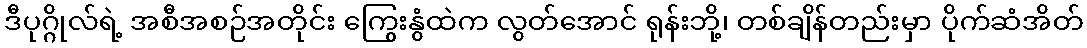
ဒီပုဂ္ဂိုလ်ရဲ့ အစီအစဉ်အတိုင်း ကြွေးနွံထဲက လွတ်အောင် ရုန်းဘို့၊ တစ်ချိန်တည်းမှာ ပိုက်ဆံအိတ်